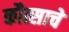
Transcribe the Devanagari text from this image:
कौत्साचे